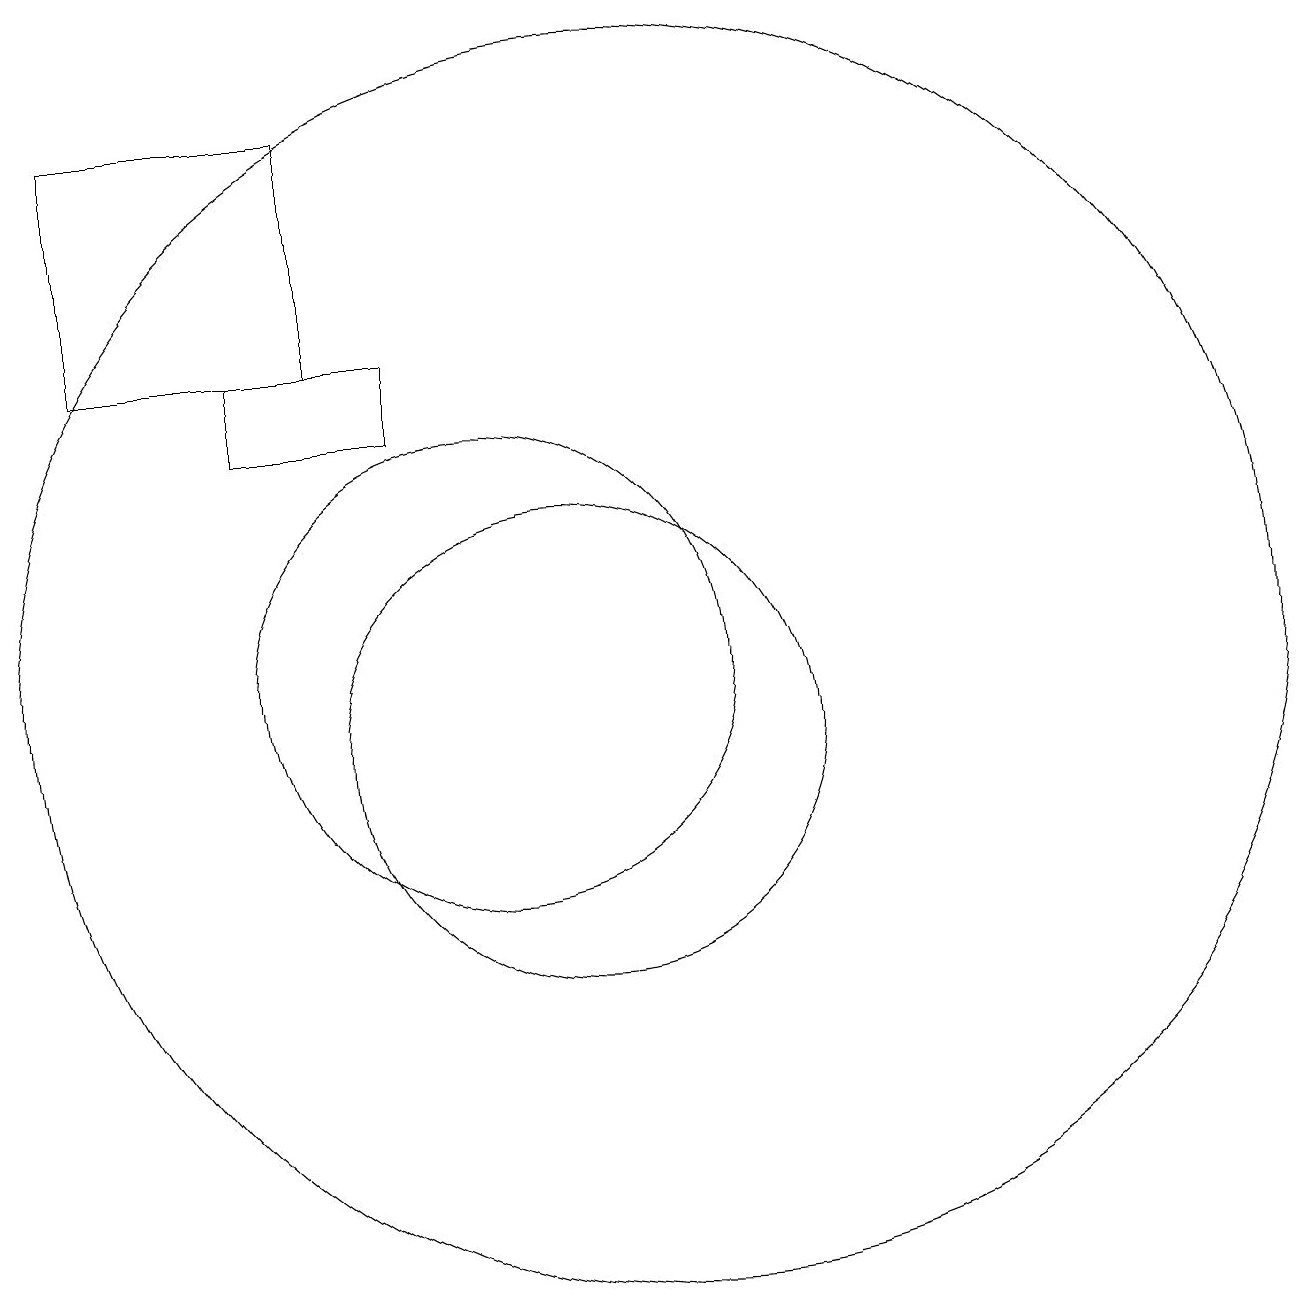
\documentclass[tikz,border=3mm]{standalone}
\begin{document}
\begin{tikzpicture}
\draw (7,14) rectangle (9,15);
\draw (11,10) circle (3);
\draw (5,18) rectangle (8,15);
\draw (12,11) circle (8);
\draw (10,11) circle (3);
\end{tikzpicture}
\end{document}